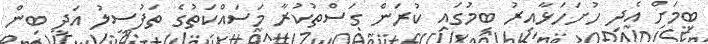
ބިމަށް އެދި ހުށަހަޅާއިރު ބިމުގައި ކުރަން ގަސްތުކުރާ މަސައްކަތުގެ ތަފުސީލު އަދި ބިން